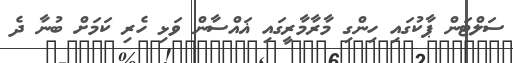
ސަލްޓަން ޕާކުގައި ހިންގި މާރާމާރީގައި ޣައްސާން ވަޅި ހެރި ކަމަށް ބުނާ ދެ